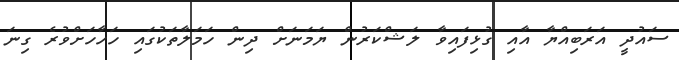
ސައުދީ އަރަބިއްޔާ އާއި ގުޅިފައިވާ ލަޝްކަރުން ޔަމަނަށް ދިން ހަމަލާތަކުގައި ހަހާހަށްވުރެ ގިނަ